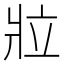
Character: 𬌁